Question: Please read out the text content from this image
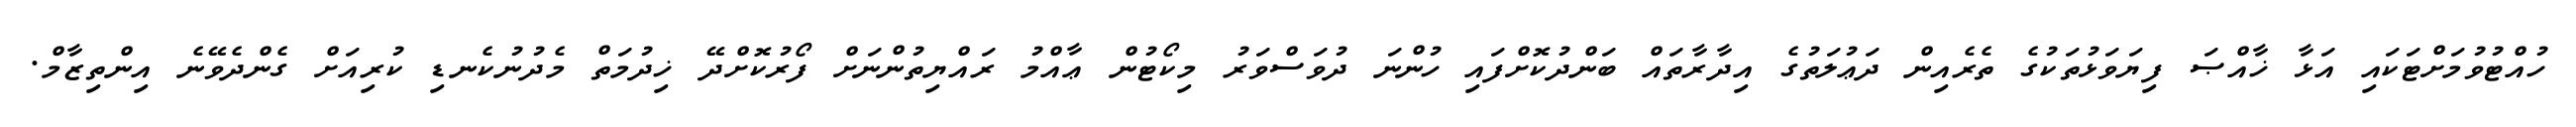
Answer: ހުއްޓުވުމަށްޓަކައި އަޅާ ޚާއްޞަ ފިޔަވަޅުތަކުގެ ތެރެއިން ދަޢުލަތުގެ އިދާރާތައް ބަންދުކޮށްފައި ހުންނަ ދުވަސްވަރު މިކޯޓުން ޢާއްމު ރައްޔިތުންނަށް ފޯރުކޮށްދޭ ޚިދުމަތް މެދުނުކެނޑި ކުރިއަށް ގެންދެވޭނެ އިންތިޒާމް.